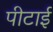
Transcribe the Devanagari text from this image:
पीटाई